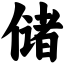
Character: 储